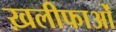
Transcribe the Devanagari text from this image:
ख़लीफाओं